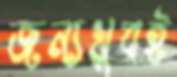
জন্যখুবই